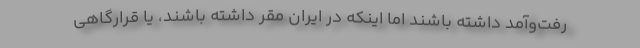
رفت‌وآمد داشته باشند اما اینکه در ایران مقر داشته باشند، یا قرارگاهی